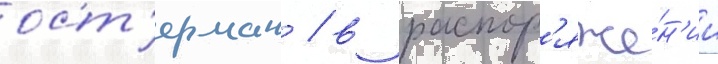
ост'ерман / в распор'яже́н'ии